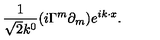
\frac { 1 } { \sqrt { 2 } k ^ { 0 } } ( i \Gamma ^ { m } \partial _ { m } ) e ^ { i k \cdot x } .